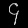
Digit: ၄